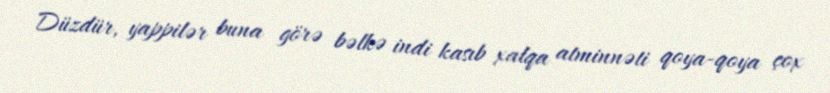
Düzdür, yappilər buna görə bəlkə indi kasıb xalqa atminnəti qoya-qoya çox